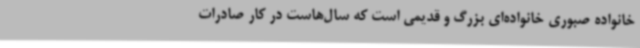
خانواده صبوری خانواده‌ای بزرگ و قدیمی است که سال‌هاست در کار صادرات